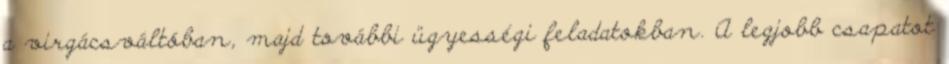
a virgácsváltóban, majd további ügyességi feladatokban. A legjobb csapatot